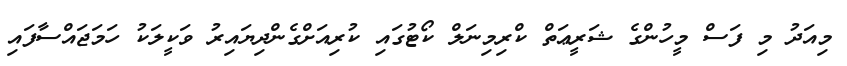
މިއަދު މި ފަސް މީހުންގެ ޝަރީޢަތް ކްރިމިނަލް ކޯޓުގައި ކުރިއަށްގެންދިޔައިރު ވަކީލަކު ހަމަޖައްސާފައި